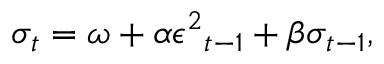
\boldsymbol { \sigma } _ { t } = \boldsymbol { \omega } + \boldsymbol { \alpha } \boldsymbol { \epsilon ^ { 2 } } _ { t - 1 } + \boldsymbol { \beta } \boldsymbol { \sigma } _ { t - 1 } ,